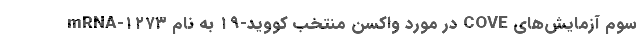
سوم آزمایش‌های COVE در مورد واکسن منتخب کووید-۱۹ به نام mRNA-۱۲۷۳